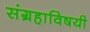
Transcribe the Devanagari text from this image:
संग्रहाविषयी